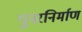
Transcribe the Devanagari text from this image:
पुनरनिर्माण